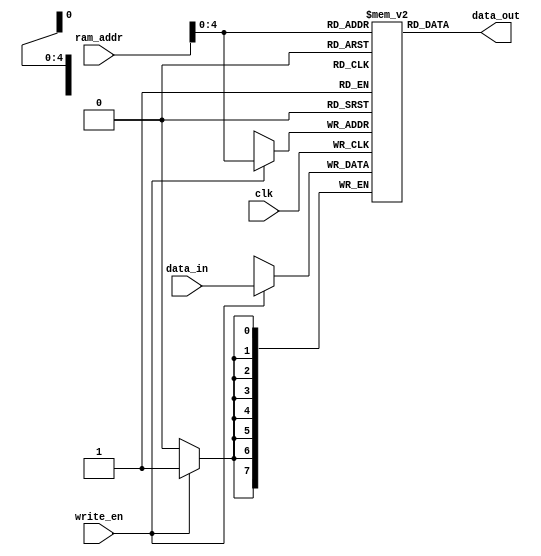
`timescale 1ns/1ps

module sdram(data_out,data_in,ram_addr,write_en,clk);
input clk,write_en;
input [7:0]data_in;
input [5:0]ram_addr;
output [7:0]data_out;

reg [7:0]memory[31:0];  //memory 
reg [5:0]addr_register; //address buffer

initial
begin

end

always @(posedge clk)
begin
	if(write_en)
		memory[ram_addr] <= data_in;
	else
		addr_register <= ram_addr;
end

assign data_out = memory[ram_addr];
endmodule